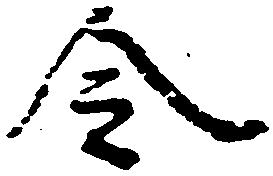
令